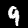
Label: 9